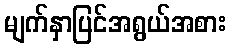
မျက်နှာပြင်အရွယ်အစား